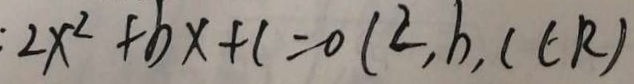
: 2 x ^ { 2 } + b x + 1 = 0 ( 2 , b , c \in R )